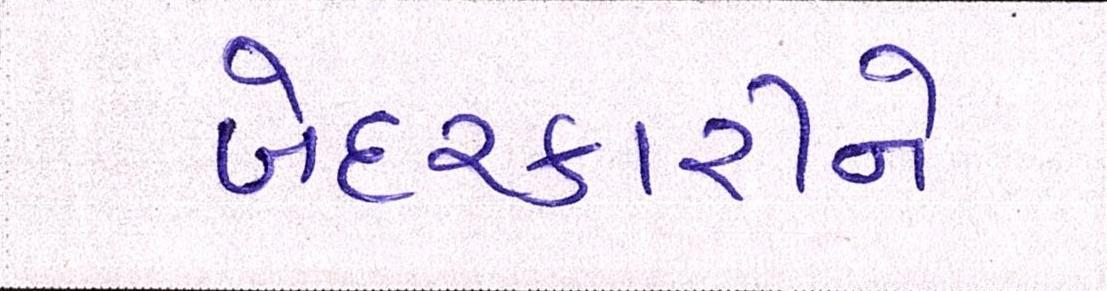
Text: બેદરકારીને